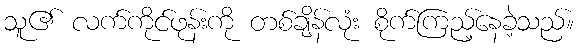
သူ၏ လက်ကိုင်ဖုန်းကို တစ်ချိန်လုံး စိုက်ကြည့်နေခဲ့သည်။